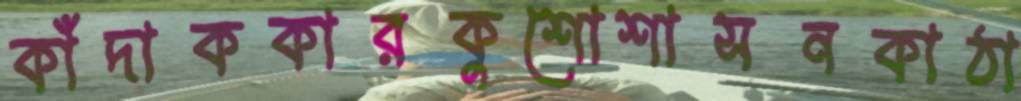
কাঁদাককারকুশোশাসনকাঠা